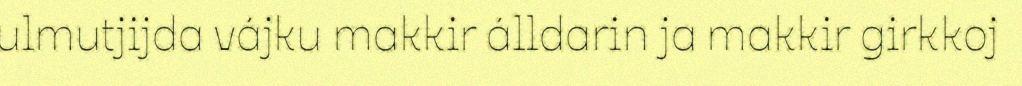
ulmutjijda vájku makkir álldarin ja makkir girkkoj